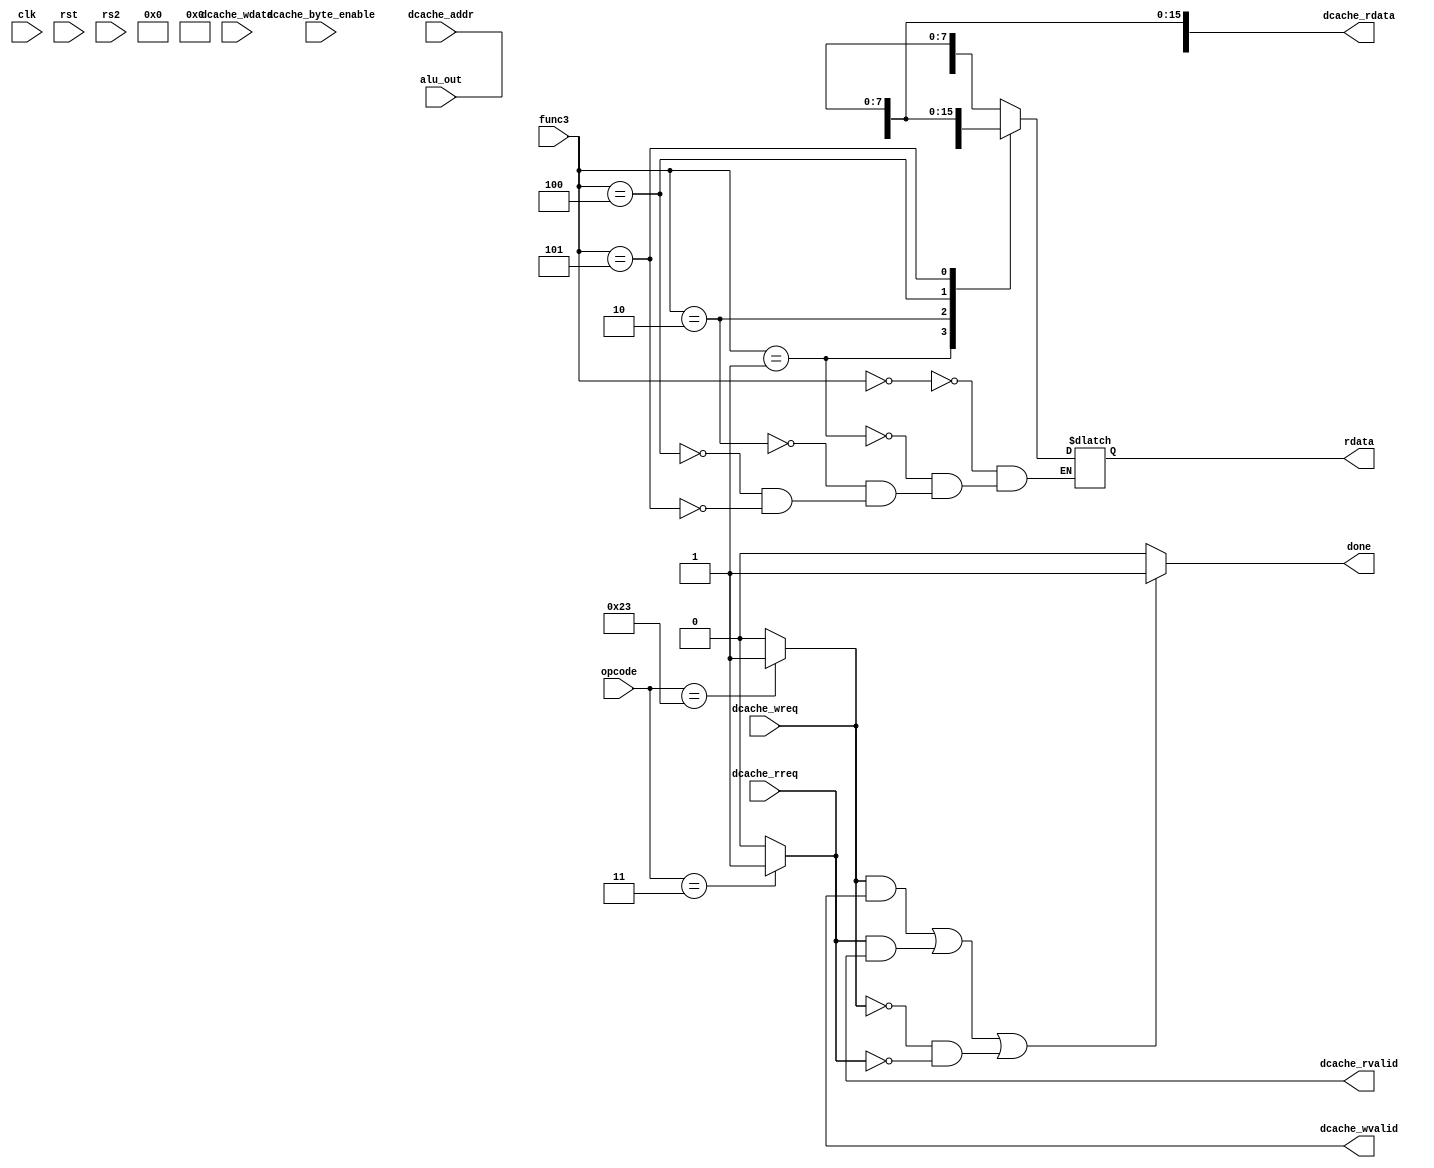
module memory (
	input clk,
	input rst,

	// from execute
	input [6 : 0] opcode,
	input [2 : 0] func3,
	input [31 : 0] alu_out,
	input [31 : 0] rs2,

	// to dcache
	input [31 : 0] dcache_addr,
	input dcache_wreq, // write request
	input dcache_rreq, // read request
	input [31 : 0] dcache_wdata, // write data
	input [3 : 0] dcache_byte_enable,
	// from dcache
	output dcache_wvalid,
	output [31 : 0] dcache_rdata,
	output dcache_rvalid,

	// to writeback
	output reg [31 : 0] rdata, // read data
	// to controller
	output done // load or finish done
);


	parameter OP_STORE = 7'b0100011;
	parameter OP_LOAD  = 7'b0000011;
	parameter FUNC3_B = 3'b000; // sb, lb
	parameter FUNC3_H = 3'b001; // sh, lh
	parameter FUNC3_W = 3'b010; // sw, lw,
	parameter FUNC3_BU = 3'b100; // lbu
	parameter FUNC3_HU = 3'b101; // lhu


	assign dcache_addr = alu_out;
	assign dcache_wreq = (opcode == OP_STORE) ? 1 : 0;
	assign dcache_rreq = (opcode == OP_LOAD)  ? 1 : 0;
	assign dcache_wdata = (opcode == OP_STORE) ? rs2 : 32'b0;
	assign dcache_byte_enable = (func3 == FUNC3_B || func3 == FUNC3_BU) ? 4'b0001 :
							  (func3 == FUNC3_H || func3 == FUNC3_HU) ? 4'b0011 :
							  (func3 == FUNC3_W) ? 4'b1111 : 4'b0000;

	always @(*) begin
		case (func3)
			FUNC3_B  : rdata = { {25{dcache_rdata[7]}}, dcache_rdata[6 : 0] };
			FUNC3_H  : rdata = { {17{dcache_rdata[15]}}, dcache_rdata[14 : 0]};
			FUNC3_W  : rdata = dcache_rdata;
			FUNC3_BU : rdata = { 24'b0, dcache_rdata[7 : 0] };
			FUNC3_HU : rdata = { 16'b0, dcache_rdata[15 : 0]};
		endcase // func3
	end

	assign done = ((dcache_wreq && dcache_wvalid) || (dcache_rreq && dcache_rvalid) || (!dcache_wreq && !dcache_rreq)) ? 1 : 0;


endmodule // memory